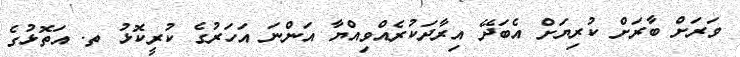
ވަރަށް ބާރަށް ކުރިޔަށް އެބަދޭ އިރާދަކުރެއްވިއްޔާ އަންނަ އަހަރުގެ ކުރީކޮޅު ތ. އަތޮޅުގެ